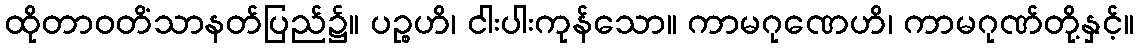
ထိုတာဝတိံသာနတ်ပြည်၌။ ပဉ္စဟိ၊ ငါးပါးကုန်သော။ ကာမဂုဏေဟိ၊ ကာမဂုဏ်တို့နှင့်။